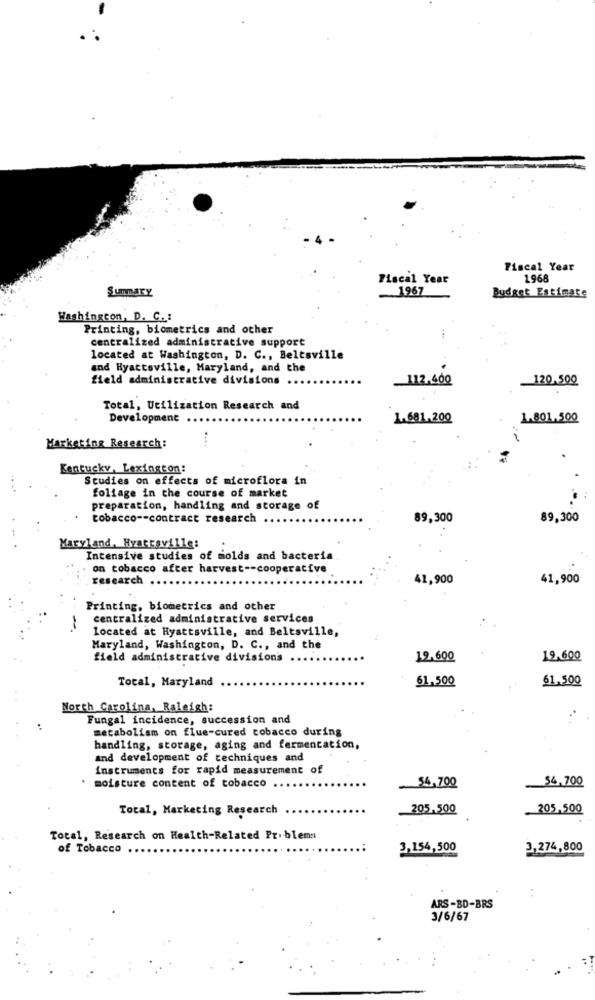
Fiscal Year
Fiscal Year
1968
Summary
.1967
Budget Estimate
Washington, D. C. :
Printing, biometrics and other
centralized administrative support
located at Washington, D. C ., Beltsville
and Hyattsville, Maryland, and the
field administrative divisions
-112.400
-120,500
Total, Utilization Research and
Development
1.681.200
1.801.500
Marketing Research:
Kentucky, Lexington:
Studies on effects of microflora in
foliage in the course of market
preparation, handling and storage of
tobacco -- contract research
89,300
89,300
Maryland, Hyattsville:
Intensive studies of molds and bacteria
on tobacco after harvest -- cooperative
research ..
41,900
41,900
Printing, biometrics and other
centralized administrative services
-
located at Hyattsville, and Beltsville,
Maryland, Washington, D. C ., and the
field administrative divisions
19.600
19,600
Total, Maryland
61,500
61.500
North Carolina, Raleigh:
Fungal incidence, succession and
metabolism on flue-cured tobacco during
handling, storage, aging and fermentation,
and development of techniques and
instruments for rapid measurement of
34,700
. moisture content of tobacco
54,700
Total, Marketing Research
205.500
205.500
Total, Research on Health-Related Problems
of Tobacco ...
3,154,500
3,274,800
..
ARS-BD-BRS
3/6/67